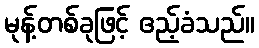
မုန့်တစ်ခုဖြင့် ဧည့်ခံသည်။